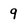
Character: 9